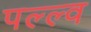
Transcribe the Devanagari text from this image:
पल्ल्व